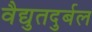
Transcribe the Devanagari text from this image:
वैद्युतदुर्बल